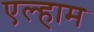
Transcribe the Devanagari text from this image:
एल्हाम